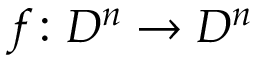
f \colon D ^ { n } \to D ^ { n }